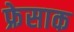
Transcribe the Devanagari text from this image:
फ्रेसाक